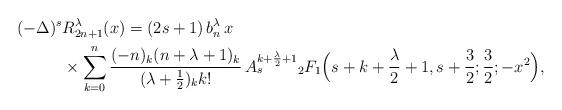
LaTeX: \begin{align*} (-\Delta)^s &R_{2n+1}^\lambda(x)= (2s+1)\,b_n^\lambda\, x \\ & \times \sum_{k=0}^{n}\frac{(-n)_{k}(n+\lambda+1)_{k}}{(\lambda+\frac{1}{2})_{k}k!} \, A_s^{k+\frac{\lambda}{2}+1} {}_{2}F_{1}\Big(s+k+\frac{\lambda}{2}+1,s+\frac 3 2;\frac{3}{2};-x^2\Big), \end{align*}